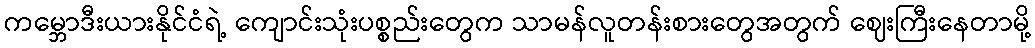
ကမ္ဘောဒီးယားနိုင်ငံရဲ့ ကျောင်းသုံးပစ္စည်းတွေက သာမန်လူတန်းစားတွေအတွက် ဈေးကြီးနေတာမို့